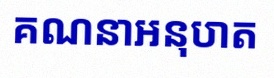
គណនាអនុបាត